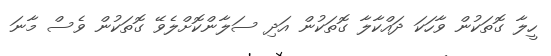
ހީލާ ގޮތަކުން ވާހަކަ ދައްކާލާ ގޮތަކުން އަދި ސަލާންކޮށްލެވޭ ގޮތަކުން ވެސް މާނަ